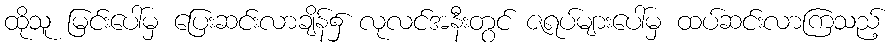
ထိုသူ မြင်းပေါ်မှ ပြေးဆင်းလာချိန်၌ လုလင်အနီးတွင် ဇရပ်များပေါ်မှ ထပ်ဆင်းလာကြသည့်